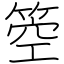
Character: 箜